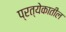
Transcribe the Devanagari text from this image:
प्रत्येकातील